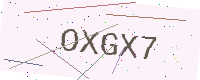
Text: OXGX7